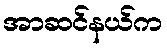
အာဆင်နယ်က